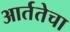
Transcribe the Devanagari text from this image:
आर्ततेचा